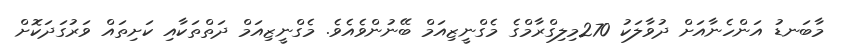
މާބަނޑު އަންހެނާއަށް ދުވާލަކު 270މިލިގްރާމްގެ މެގްނީޒިއަމް ބޭނުންވެއެވެ. މެގްނީޒިއަމްް ދަތްތަކާއި ކަށިތައް ވަރުގަދަކޮށް